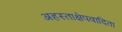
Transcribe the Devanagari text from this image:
अहस्ताक्षेपवादिता